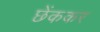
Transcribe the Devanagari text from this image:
छेंककर